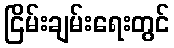
ငြိမ်းချမ်းရေးတွင်